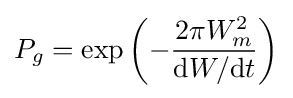
P_{g}=\exp \left(-{\frac {2\pi W_{m}^{2}}{\mathrm {d} W/\mathrm {d} t}}\right)